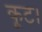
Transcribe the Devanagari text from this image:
कूट।